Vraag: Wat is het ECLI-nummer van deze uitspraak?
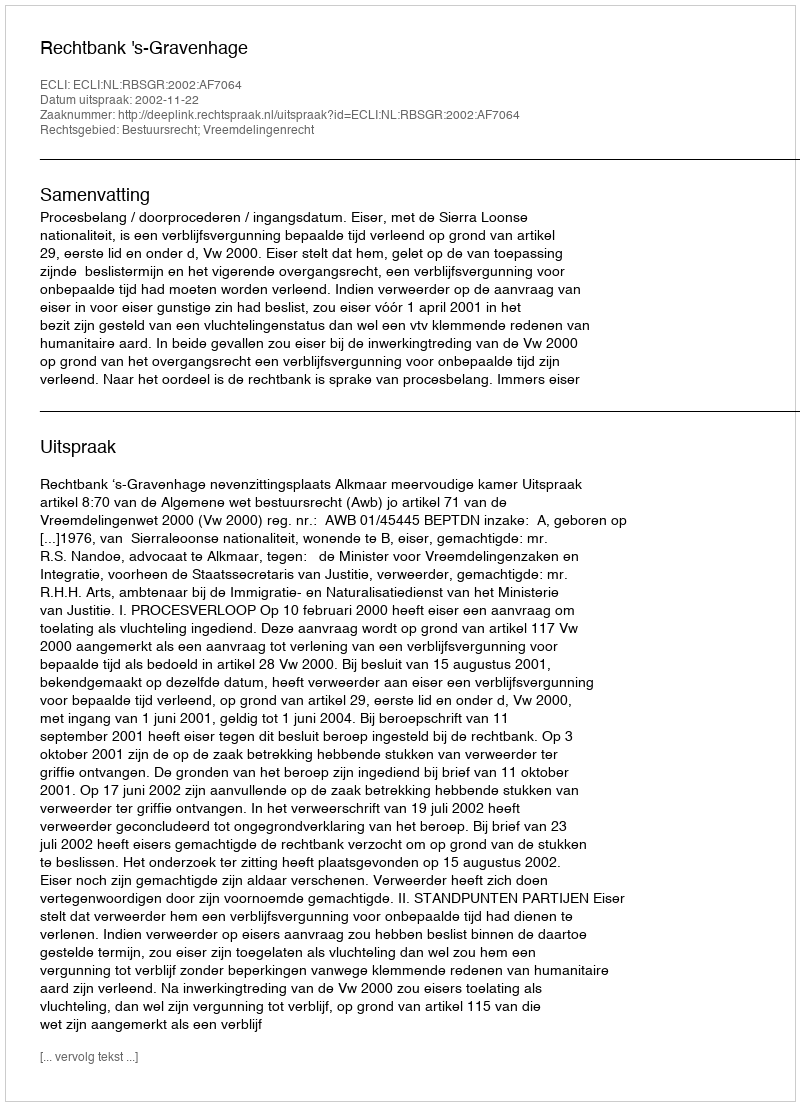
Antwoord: ECLI:NL:RBSGR:2002:AF7064